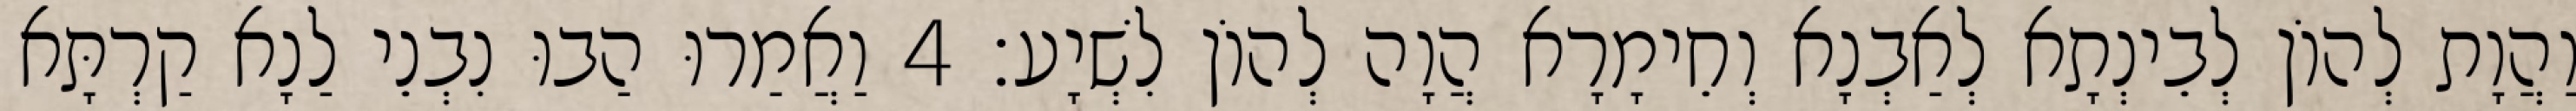
וַהֲוָת לְהוֹן לְבֵינְתָא לְאַבְנָא וְחֵימָרָא הֲוָה לְהוֹן לִשְׁיָע׃ 4 וַאֲמַרוּ הַבוּ נִבְנֵי לַנָא קַרְתָּא